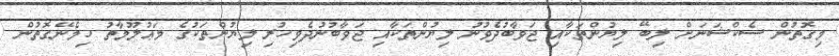
މިގޮތުން ސެކްޝަނަށް ލިބޭ ލިޔުންތަކާއި ޖަވާބުދެވުނު ލިޔުންތަކާއި ޖަވާބުނުދެވިހުރި ލިޔުންތަކުގެ މަޢުލޫމާތު ހިމެނޭގޮތުން